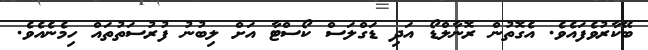
ބޭކާރުވެފައެވެ. އެގޮތުން ރޮނާލްޑޯ އަދި ޑަގްލަސް ކޯސްޓާ އަށް ލިބުނު ފުރުސަތުތައް ހިމެނެއެވެ.